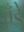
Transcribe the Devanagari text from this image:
एँडे